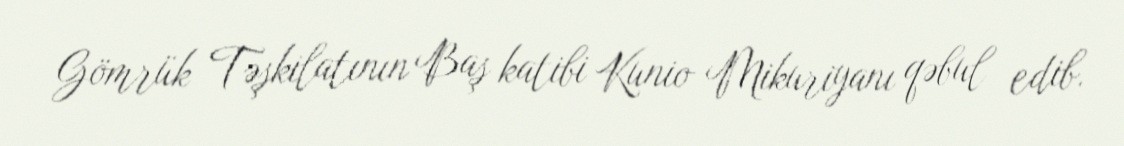
Gömrük Təşkilatının Baş katibi Kunio Mikuriyanı qəbul edib.